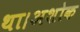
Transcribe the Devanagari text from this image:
था।अशोक